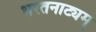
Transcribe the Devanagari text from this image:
भरतनाट्यम्‌